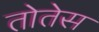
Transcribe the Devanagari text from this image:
तोतेस